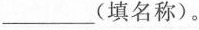
____(填名称)。